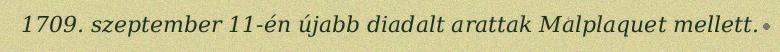
1709. szeptember 11-én újabb diadalt arattak Malplaquet mellett.